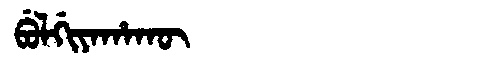
Manchu: ᠪᡠᠯᡤᡳᠶᠠᡥᠠᡴᡡ
Romanization: BULGIYAHAKŪ